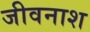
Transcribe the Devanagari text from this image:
जीवनाश